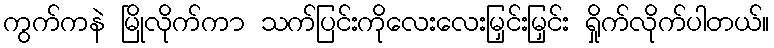
ကွက်ကနဲ မြိုလိုက်ကာ သက်ပြင်းကိုလေးလေးမြှင်းမြှင်း ရှိုက်လိုက်ပါတယ်။